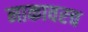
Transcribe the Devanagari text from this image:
नाकावरच